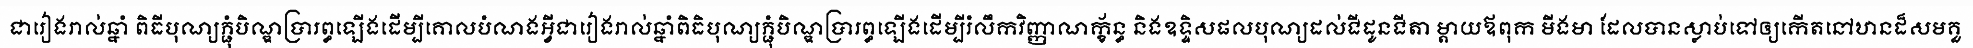
ជារៀងរាល់ឆ្នាំ ពិធីបុណ្យភ្ជុំបិណ្ឌប្រារព្ធឡើងដើម្បីគោលបំណងអ្វីជារៀងរាល់ឆ្នាំពិធិបុណ្យភ្ជុំបិណ្ឌប្រារព្ធឡើងដើម្បីរំលឹកវិញ្ញាណក្ខ័ន្ធ និងឧទ្ទិសផលបុណ្យដល់ជីដូនជីតា ម្តាយឪពុក មីងមា ដែលបានស្លាប់ទៅឲ្យកើតនៅឋានដ៏សមគួ